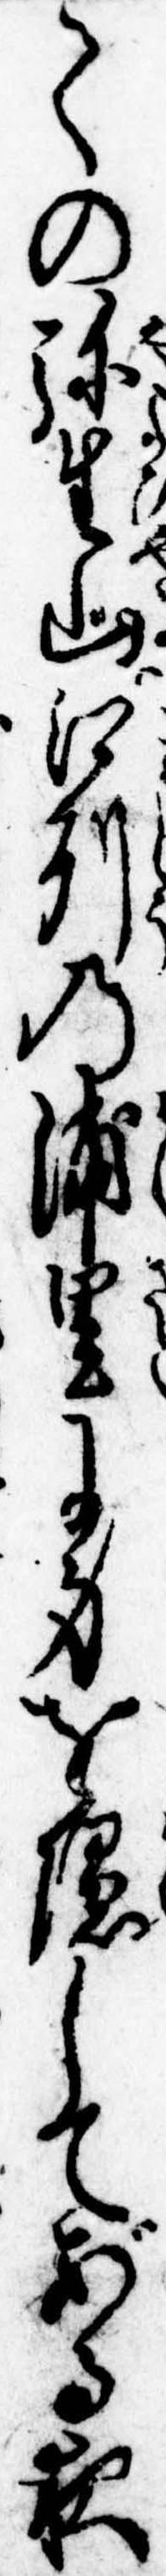
ての弥生山江州の浦里に身を隠してある夜